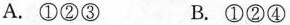
A.①②③ B.①②④